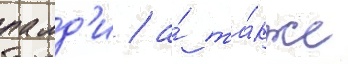
палд'и / а́ та́кже